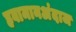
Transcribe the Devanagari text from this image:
हवामानअंदाज